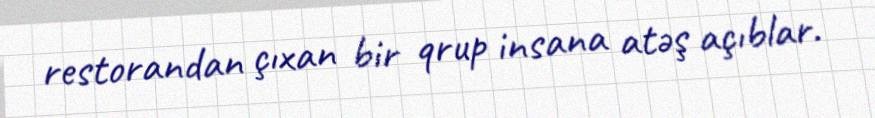
restorandan çıxan bir qrup insana atəş açıblar.